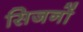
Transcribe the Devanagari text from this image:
सिजनों